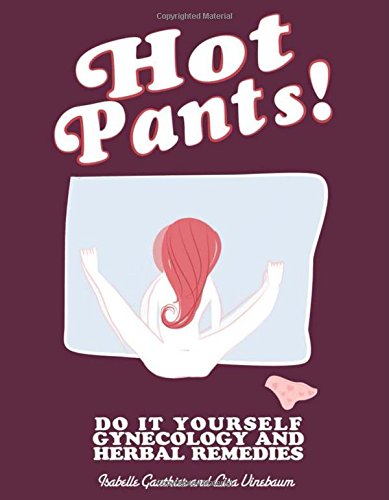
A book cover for Hot Pants: Do it Yourself Gynecology (DIY); Lisa Vinebaum; Health, Fitness & Dieting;